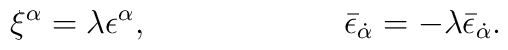
\xi^\alpha = \lambda \epsilon^\alpha, \qquad\qquad\qquad\bar{\epsilon}_{\dot{\alpha}} = - \lambda\bar{\epsilon}_{\dot{\alpha}} .